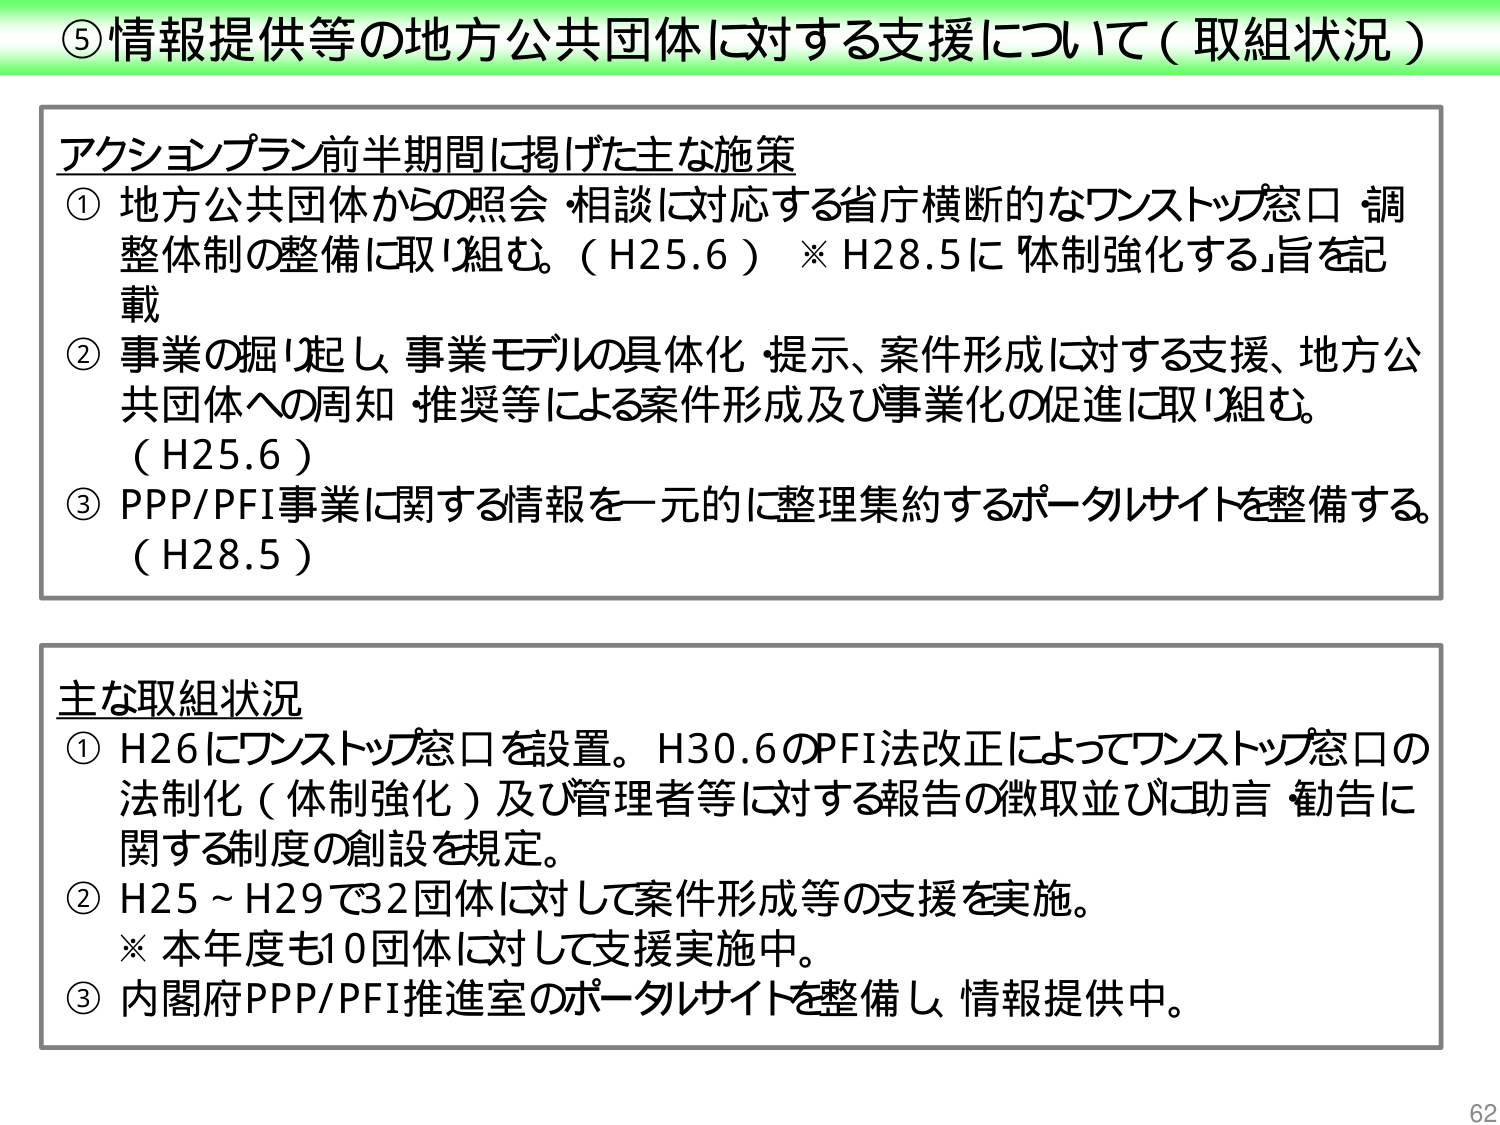
⑤情報提供等の地方公共団体に対する支援について（取組状況）

アクションプラン前半期間に掲げた主な施策
① 地方公共団体からの照会・相談に対応する省庁横断的なワンストップ窓口・調整体制の整備に取り組む。（H25.6）※H28.5に「体制強化する」旨を記載
② 事業の掘り起し、事業モデルの具体化・提示、案件形成に対する支援、地方公共団体への周知・推奨等による案件形成及び事業化の促進に取り組む。（H25.6）
③ PPP/PFI事業に関する情報を一元的に整理集約するポータルサイトを整備する。（H28.5）

主な取組状況
① H26にワンストップ窓口を設置。H30.6のPFI法改正によってワンストップ窓口の法制化（体制強化）及び管理者等に対する報告の徴取並びに助言・勧告に関する制度の創設を規定。
② H25～H29で32団体に対して案件形成等の支援を実施。
※本年度も10団体に対して支援実施中。
③ 内閣府PPP/PFI推進室のポータルサイトを整備し、情報提供中。

62